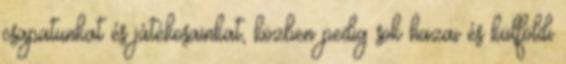
csapatunkat és játékosainkat, közben pedig sok hazai és külföldi